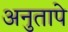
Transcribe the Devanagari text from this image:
अनुतापे